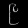
Digit: ၉